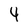
Character: 4